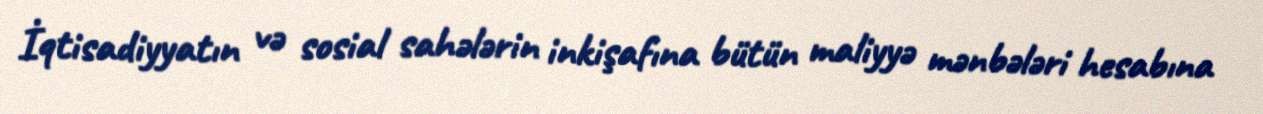
İqtisadiyyatın və sosial sahələrin inkişafına bütün maliyyə mənbələri hesabına